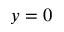
y = 0